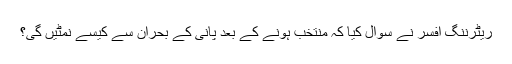
ریٹرننگ افسر نے سوال کیا کہ منتخب ہونے کے بعد پانی کے بحران سے کیسے نمٹیں گی؟